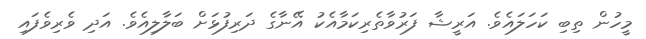
މީހުން ތިބި ކަހަލައެވެ. އަރީޝާ ފަރުވާތެރިކަމާއެކު އޭނާގެ ދަރިފުޅަށް ބަލާލިއެވެ. އަދި ވެރިވެފައި